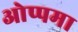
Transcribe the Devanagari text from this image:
ओप्पमा